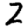
Digit: 2